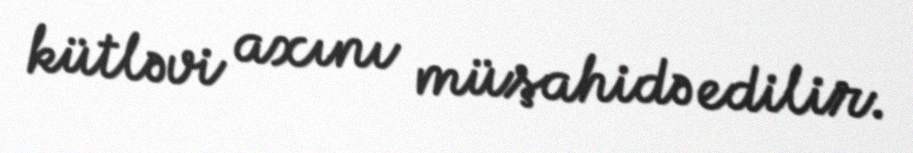
kütləvi axını müşahidə edilir.